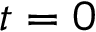
t = 0